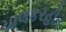
ચાલકરહીત